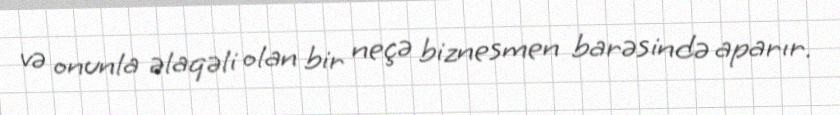
və onunla əlaqəli olan bir neçə biznesmen barəsində aparır.